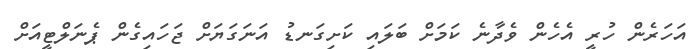
އަހަރެން ހުރީ އެހެން ވެދާނެ ކަމަށް ބަލައި ކަށިގަނޑު އަނަގަޔަށް ޖަހައިގެން ޕެނަލްޓީއަށް